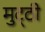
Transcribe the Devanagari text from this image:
मुट्‌ठी